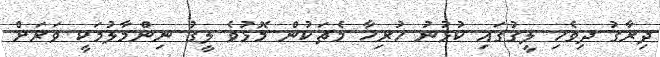
ދިރާގު ދިވެހި ލީގުގައި ކުޅުނު ހުރިހާ މެޗަކުން މޮޅުވެ ލީގު ނިންމާލުމަކީ ވަރަށް